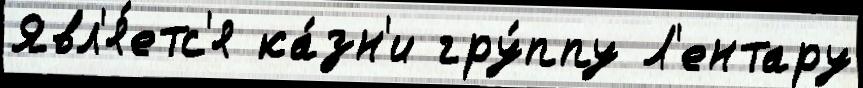
Явл'я́етс'я ка́зн'и гру́ппу Л'ентару